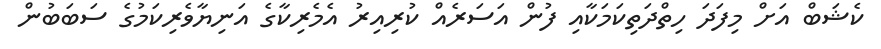
ކެޝަބް އަށް މިފަދަ ހިތްދަތިކަމަކާއި ފުން އަސަރެއް ކުރިއިރު އެމެރިކާގެ އަނިޔާވެރިކަމުގެ ސަބަބުން